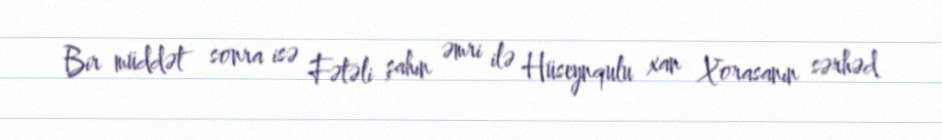
Bir müddət sonra isə Fətəli şahın əmri ilə Hüseynqulu xan Xorasanın sərhəd